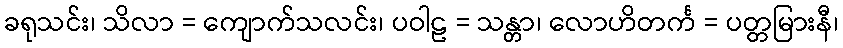
ခရုသင်း၊ သိလာ = ကျောက်သလင်း၊ ပဝါဠ = သန္တာ၊ လောဟိတင်္က = ပတ္တမြားနီ၊